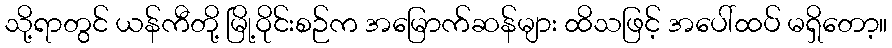
သို့ရာတွင် ယန်ကီတို့ မြို့ဝိုင်းစဉ်က အမြောက်ဆန်များ ထိသဖြင့် အပေါ်ထပ် မရှိတော့။